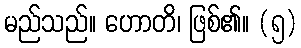
မည်သည်။ ဟောတိ၊ ဖြစ်၏။ (၅)